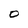
Character: O